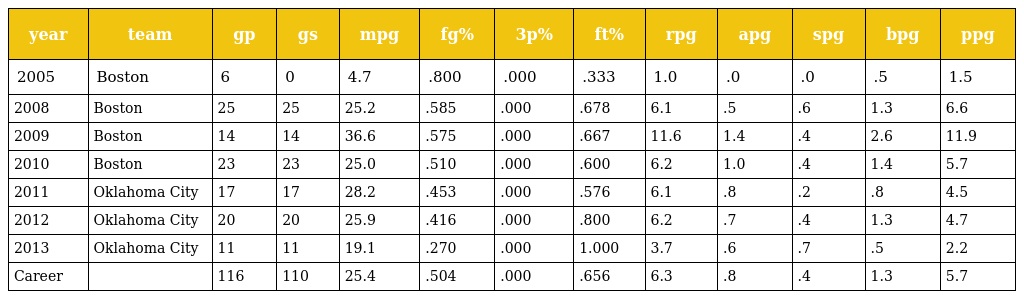
| year | team | gp | gs | mpg | fg% | 3p% | ft% | rpg | apg | spg | bpg | ppg |
 | --- | --- | --- | --- | --- | --- | --- | --- | --- | --- | --- | --- | --- |
 | 2005 | Boston | 6 | 0 | 4.7 | .800 | .000 | .333 | 1.0 | .0 | .0 | .5 | 1.5 |
 | 2008 | Boston | 25 | 25 | 25.2 | .585 | .000 | .678 | 6.1 | .5 | .6 | 1.3 | 6.6 |
 | 2009 | Boston | 14 | 14 | 36.6 | .575 | .000 | .667 | 11.6 | 1.4 | .4 | 2.6 | 11.9 |
 | 2010 | Boston | 23 | 23 | 25.0 | .510 | .000 | .600 | 6.2 | 1.0 | .4 | 1.4 | 5.7 |
 | 2011 | Oklahoma City | 17 | 17 | 28.2 | .453 | .000 | .576 | 6.1 | .8 | .2 | .8 | 4.5 |
 | 2012 | Oklahoma City | 20 | 20 | 25.9 | .416 | .000 | .800 | 6.2 | .7 | .4 | 1.3 | 4.7 |
 | 2013 | Oklahoma City | 11 | 11 | 19.1 | .270 | .000 | 1.000 | 3.7 | .6 | .7 | .5 | 2.2 |
 | Career |  | 116 | 110 | 25.4 | .504 | .000 | .656 | 6.3 | .8 | .4 | 1.3 | 5.7 |